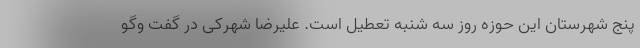
پنج شهرستان این حوزه روز سه شنبه تعطیل است. علیرضا شهرکی در گفت وگو